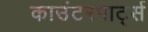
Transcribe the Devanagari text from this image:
काउंटरपार्ट्स